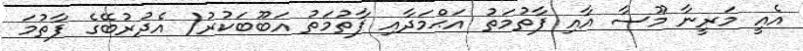
އެއީ މަރީނާ މޫސާ އާއި ފާތުމަތު އަޙްމަދާއި ފާތުމަތު އަބޫބަކުރު( އެދުރުބޭގެ ފާތުމަ